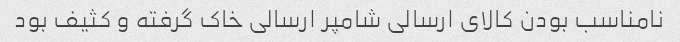
نامناسب بودن کالای ارسالی شامپر ارسالی خاک گرفته و کثیف بود